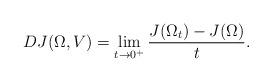
LaTeX: \begin{align*} DJ(\Omega, V)=\lim_{t\rightarrow 0^+}\frac{J(\Omega_t)-J(\Omega)}{t}.\end{align*}